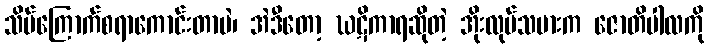
သိပ်ကြောက်စရာကောင်းတာပဲ၊ အဲဒီတော့ ဃဋိကာရဆိုတဲ့ အိုးလုပ်သမားက ဇောတိပါလကို